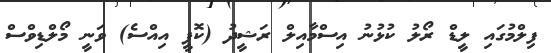
ފިލްމުގައި ލީޑް ރޯލު ކުޅުނު އިސްމާއިލް ރަޝީދު (ކޮޕީ އިއްސެ) ވަނީ މޯލްޑިވްސް